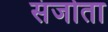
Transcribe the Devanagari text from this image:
संजोता